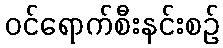
ဝင်ရောက်စီးနင်းစဉ်